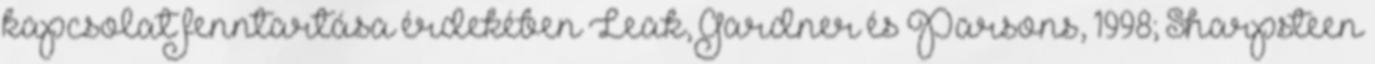
kapcsolat fenntartása érdekében Leak, Gardner és Parsons, 1998; Sharpsteen